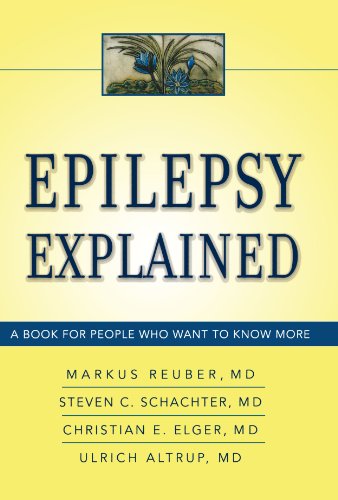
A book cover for Epilepsy Explained: A Book for People Who Want to Know More; Markus Reuber MD  PHD  MRCP; Health, Fitness & Dieting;